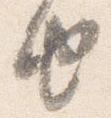
由